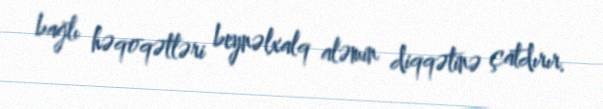
bağlı həqoqətləri beynəlxalq aləmin diqqətinə çatdırır.